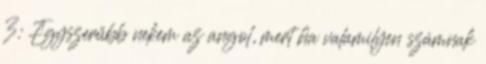
3: Egyszerűbb nekem az angol, mert ha valamilyen számnak